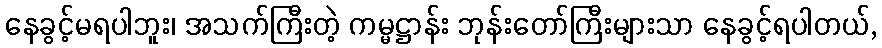
နေခွင့်မရပါဘူး၊ အသက်ကြီးတဲ့ ကမ္မဋ္ဌာန်း ဘုန်းတော်ကြီးများသာ နေခွင့်ရပါတယ်,